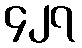
၄၂၇